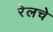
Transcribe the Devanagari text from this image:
रेलचे